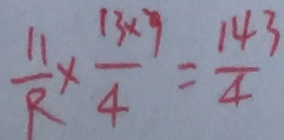
\frac { 1 1 } { R } \times \frac { 1 3 \times 9 } { 4 } = \frac { 1 4 3 } { 4 }